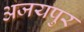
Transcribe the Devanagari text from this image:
अजयपुर